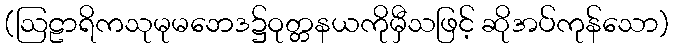
(ဩဠာရိကသုမုမဘေဒ၌ဝုတ္တနယကိုမှီသဖြင့် ဆိုအပ်ကုန်သော)